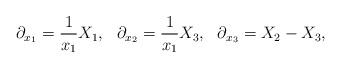
LaTeX: \begin{align*}\partial_{x_1}=\frac{1}{x_1}X_1, ~~\partial_{x_2}=\frac{1}{x_1}X_3,~~\partial_{x_3}=X_2-X_3,\end{align*}